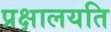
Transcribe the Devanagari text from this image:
प्रक्षालयति